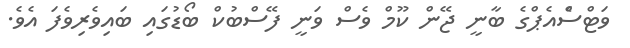
ވަޓްސްެއެޕްގެ ބާނީ ޖޭން ކޫމް ވެސް ވަނީ ފޭސްބުކް ބޯޑުގައި ބައިވެރިވެފަ އެވެ.